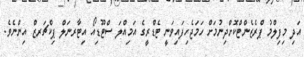
އަދި މިފިލްމު ޕްރެޒެންޓްކޮށްދިނުމަށް ހަމަޖެހިފައިވަނީ ޓެޑްރީގެ އަމިއްލަ ސްޓޫޑިއޯ އިޓާރނަލް ޕިކްޗަރޒް އިންނެވެ.